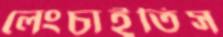
লেংচাইতিস